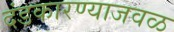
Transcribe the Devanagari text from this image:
दंडकारण्याजवळ